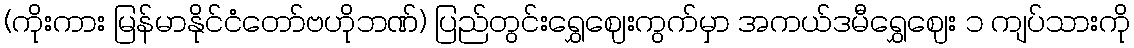
(ကိုးကား မြန်မာနိုင်ငံတော်ဗဟိုဘဏ်) ပြည်တွင်းရွှေဈေးကွက်မှာ အကယ်ဒမီရွှေဈေး ၁ ကျပ်သားကို